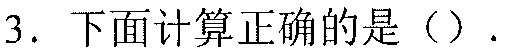
3. 下面计算正确的是（）.